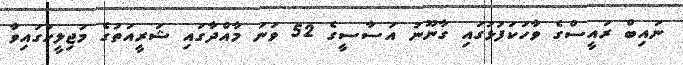
ނައިބް ރައީސްގެ ވާހަކަފުޅުގައި ގާނޫނު އަސާސީގެ 52 ވަނަ މާއްދާގައި ޝަރީއަތުގެ މަޖިލީހުގައިވާ